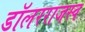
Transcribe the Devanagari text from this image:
डॉलरराजस्व